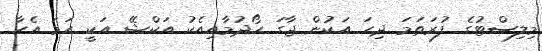
މިލިސްޓުގެ ފުރަތަމަ ދިހަ އަކުން ޖާގަ ހޯދުމާއިއެކު އަކްޝޭ އަކީ ހަމަ އެހާ